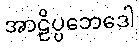
အာဠိပ္ပဘေဒေါ